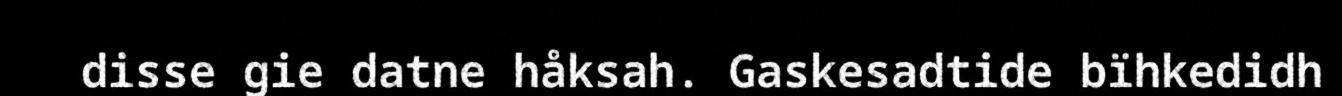
disse gie datne håksah. Gaskesadtide bïhkedidh